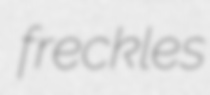
freckles